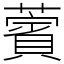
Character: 薲